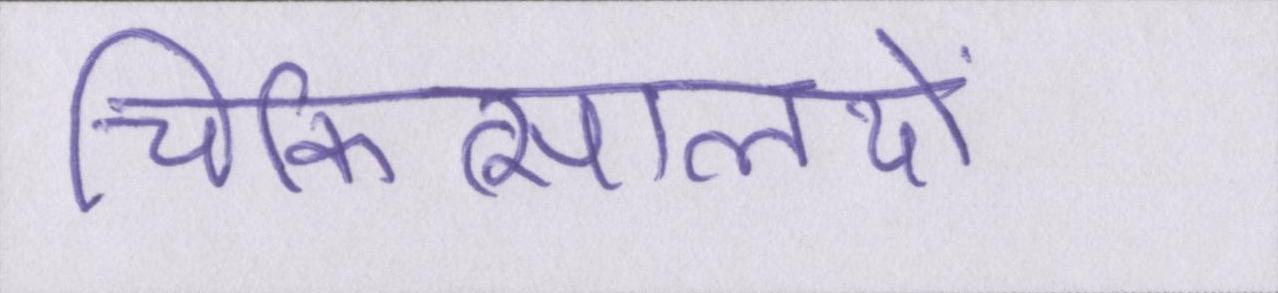
चिकित्सालयों